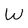
Character: W